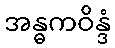
အန္ဓကဝိန္ဒံ